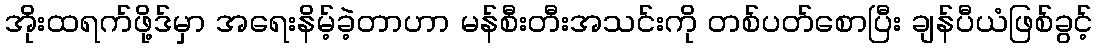
အိုးထရက်ဖို့ဒ်မှာ အရေးနိမ့်ခဲ့တာဟာ မန်စီးတီးအသင်းကို တစ်ပတ်စောပြီး ချန်ပီယံဖြစ်ခွင့်